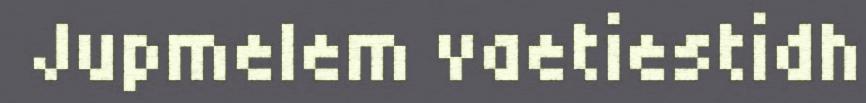
Jupmelem vaetiestidh